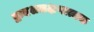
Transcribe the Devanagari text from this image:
द्वादशलक्षणात्मक